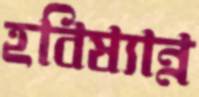
হবিষ্যান্ন